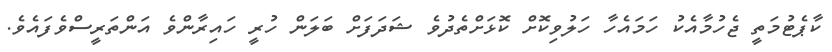
ކާޕެޓުމަތީ ޖެހުމާއެކު ހަމައެހާ ހަލުވިކޮށް ކޮޅަށްތެދުވެ ޝަދަފަށް ބަލަން ހުރީ ހައިރާންވެ އަންތަރީސްވެފައެވެ.